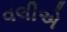
વલીએ